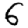
Digit: 6